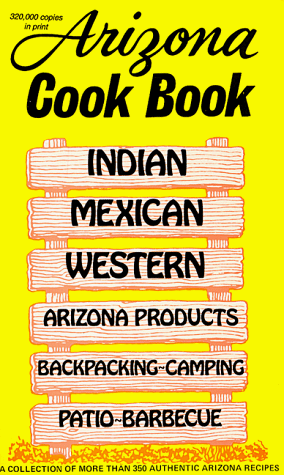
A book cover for Arizona Cook Book; Al Fischer; Cookbooks, Food & Wine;